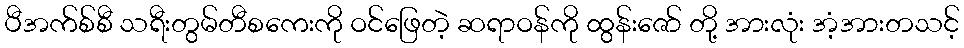
ပီအက်စ်စီ သရီးတွမ်တီစကေးကို ဝင်ဖြေတဲ့ ဆရာဝန်ကို ထွန်းဇော် တို့ အားလုံး အံ့အားတသင့်